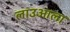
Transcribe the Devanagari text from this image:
लाउआला